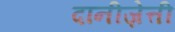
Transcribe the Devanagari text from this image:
दानीज़ेत्ती